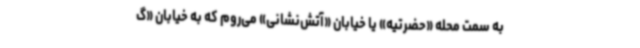
به سمت محله «حضرتیه» یا خیابان «آتش‌نشانی» می‌روم که به خیابان «گ